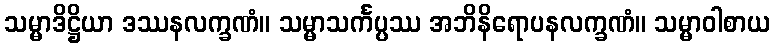
သမ္မာဒိဋ္ဌိယာ ဒဿနလက္ခဏံ။ သမ္မာသင်္ကပ္ပဿ အဘိနိရောပနလက္ခဏံ။ သမ္မာဝါစာယ